Lyperosia minuta, Bezzi - Number 59
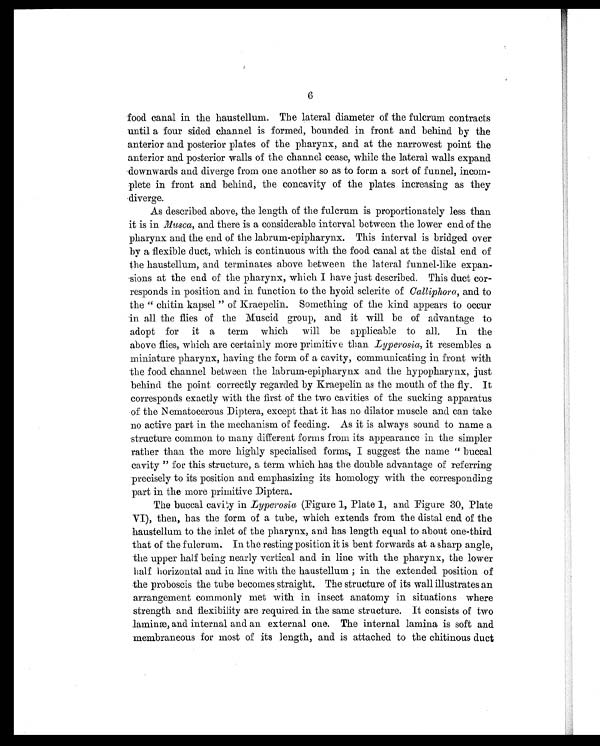
6
food canal in the haustellum. The lateral diameter of the fulcrum contracts
until a four sided channel is formed, bounded in front and behind by the
anterior and posterior plates of the pharynx, and at the narrowest point the
anterior and posterior walls of the channel cease, while the lateral walls expand
downwards and diverge from one another so as to form a sort of funnel, incom-
plete in front and behind, the concavity of the plates increasing as they
diverge.
As described above, the length of the fulcrum is proportionately less than
it is in Musca, and there is a considerable interval between the lower end of the
pharynx and the end of the labrum-epipharynx. This interval is bridged over
by a flexible duct, which is continuous with the food canal at the distal end of
the haustellum, and terminates above between the lateral funnel-like expan-
sions at the end of the pharynx, which I have just described. This duct cor-
responds in position and in function to the hyoid sclerite of Calliphora, and to
the " chitin kapsel " of Kraepelin. Something of the kind appears to occur
in all the flies of the Muscid group, and it will be of advantage to
adopt for it a term which will be applicable to all. In the
above flies, which are certainly more primitive than Lyperosia, it resembles a
miniature pharynx, having the form of a cavity, communicating in front with
the food channel between the labrum-epipharynx and the hypopharynx, just
behind the point correctly regarded by Kraepelin as the mouth of the fly. It
corresponds exactly with the first of the two cavities of the sucking apparatus
of the Nematocerous Diptera, except that it has no dilator muscle and can take
no active part in the mechanism of feeding. As it is always sound to name a
structure common to many different forms from its appearance in the simpler
rather than the more highly specialised forms, I suggest the name " buccal
cavity " for this structure, a term which has the double advantage of referring
precisely to its position and emphasizing its homology with the corresponding
part in the more primitive Diptera.
The buccal cavity in Lyperosia (Figure 1, Plate 1, and Figure 30, Plate
VI), then, has the form of a tube, which extends from the distal end of the
haustellum to the inlet of the pharynx, and has length equal to about one-third
that of the fulcrum. In the resting position it is bent forwards at a sharp angle,
the upper half being nearly vertical and in line with the pharynx, the lower
half horizontal and in line with the haustellum; in the extended position of
the proboscis the tube becomes straight. The structure of its wall illustrates an
arrangement commonly met with in insect anatomy in situations where
strength and flexibility are required in the same structure. It consists of two
laminæ, and internal and an external one. The internal lamina is soft and
membraneous for most of its length, and is attached to the chitinous duct